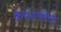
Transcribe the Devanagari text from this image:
क्रयशक्तीचे